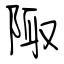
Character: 陬